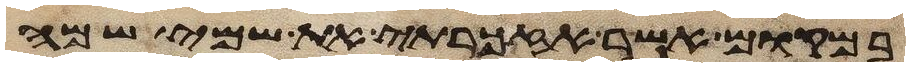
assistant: ובמקום אשר אזכרתי את שמי שמה